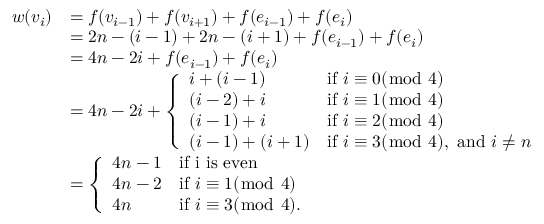
\begin{array} { r l } { w ( v _ { i } ) } & { = f ( v _ { i - 1 } ) + f ( v _ { i + 1 } ) + f ( e _ { i - 1 } ) + f ( e _ { i } ) } \\ & { = 2 n - ( i - 1 ) + 2 n - ( i + 1 ) + f ( e _ { i - 1 } ) + f ( e _ { i } ) } \\ & { = 4 n - 2 i + f ( e _ { i - 1 } ) + f ( e _ { i } ) } \\ & { = 4 n - 2 i + \left\{ \begin{array} { l l } { i + ( i - 1 ) } & { \mathrm { i f ~ } i \equiv 0 ( \bmod ~ 4 ) } \\ { ( i - 2 ) + i } & { \mathrm { i f ~ } i \equiv 1 ( \bmod ~ 4 ) } \\ { ( i - 1 ) + i } & { \mathrm { i f ~ } i \equiv 2 ( \bmod ~ 4 ) } \\ { ( i - 1 ) + ( i + 1 ) } & { \mathrm { i f ~ } i \equiv 3 ( \bmod ~ 4 ) , \mathrm { ~ a n d ~ } i \ne n } \end{array} \right. } \\ & { = \left\{ \begin{array} { l l } { 4 n - 1 } & { \mathrm { i f ~ i ~ i s ~ e v e n } } \\ { 4 n - 2 } & { \mathrm { i f ~ } i \equiv 1 ( \bmod ~ 4 ) } \\ { 4 n } & { \mathrm { i f ~ } i \equiv 3 ( \bmod ~ 4 ) . } \end{array} \right. } \end{array}